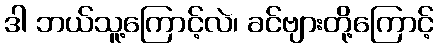
ဒါ ဘယ်သူ့ကြောင့်လဲ၊ ခင်ဗျားတို့ကြောင့်